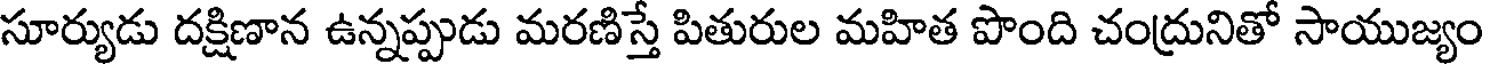
సూర్యుడు దక్షిణాన ఉన్నప్పుడు మరణిస్తే పితురుల మహిత పొంది చంద్రునితో సాయుజ్యం